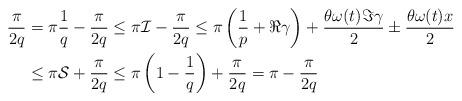
LaTeX: \begin{align*}\frac{\pi}{2q}&=\pi\frac{1}{q}-\frac{\pi}{2q}\le\pi\mathcal{I}-\frac{\pi}{2q}\le\pi\left(\frac{1}{p}+\Re\gamma\right)+\frac{\theta\omega(t)\Im\gamma}{2}\pm\frac{\theta\omega(t)x}{2}\\&\le\pi\mathcal{S}+\frac{\pi}{2q}\le\pi\left(1-\frac{1}{q}\right)+\frac{\pi}{2q}=\pi-\frac{\pi}{2q}\end{align*}